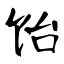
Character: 饴